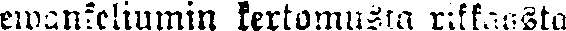
ewankeliumin kertomusta rikkaasta